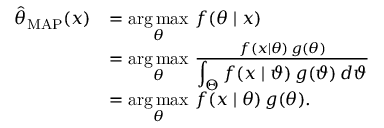
{ \begin{array} { r l } { { \hat { \theta } } _ { \mathrm { M A P } } ( x ) } & { = { \underset { \theta } { \operatorname { a r g \, m a x } } } \ f ( \theta \mid x ) } \\ & { = { \underset { \theta } { \operatorname { a r g \, m a x } } } \ { \frac { f ( x \mid \theta ) \, g ( \theta ) } { \displaystyle \int _ { \Theta } f ( x \mid \vartheta ) \, g ( \vartheta ) \, d \vartheta } } } \\ & { = { \underset { \theta } { \operatorname { a r g \, m a x } } } \ f ( x \mid \theta ) \, g ( \theta ) . } \end{array} }